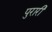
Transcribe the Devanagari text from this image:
पुरारी